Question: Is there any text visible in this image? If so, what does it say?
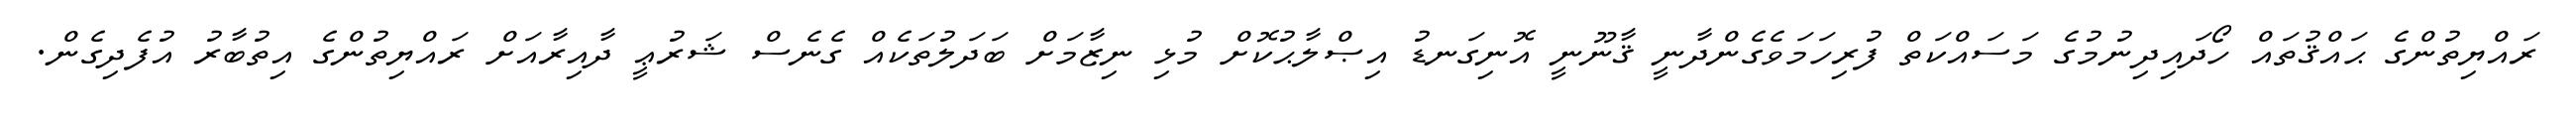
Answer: ރައްޔިތުންގެ ޙައްޤުތައް ހޯދައިދިނުމުގެ މަސައްކަތް ފުރިހަމަވެގެންދާނީ ޤާނޫނީ އޮނިގަނޑު އިޞްލާޙުކޮށް މުޅި ނިޒާމަށް ބަދަލުތަކެއް ގެނެސް ޝަރުޢީ ދާއިރާއަށް ރައްޔިތުންގެ އިތުބާރު އުފެދިގެން.